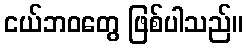
ငယ်ဘဝတွေ ဖြစ်ပါသည်။